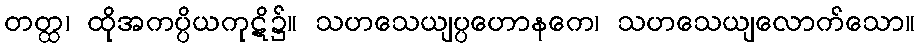
တတ္ထ၊ ထိုအကပ္ပိယကုဋိ၌။ သဟသေယျပ္ပဟောနကေ၊ သဟသေယျလောက်သော။